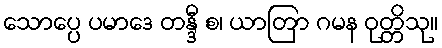
သောပ္ပေ ပမာဒေ တန္ဒီ စ၊ ယာတြာ ဂမန ဝုတ္တိသု။